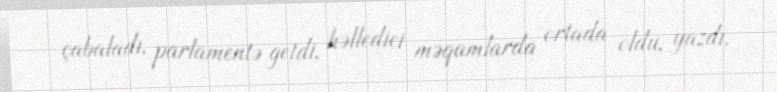
çabaladı, parlamentə getdi, həlledici məqamlarda ortada oldu, yazdı.